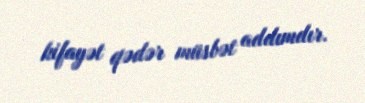
kifayət qədər müsbət addımdır.